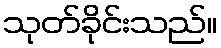
သုတ်ခိုင်းသည်။